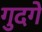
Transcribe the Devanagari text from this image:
गुदगे